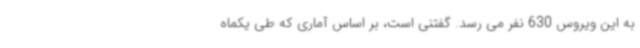
به این ویروس 630 نفر می رسد. گفتنی است، بر اساس آماری که طی یکماه